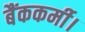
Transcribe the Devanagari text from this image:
बैंककर्मी।